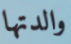
والدتها